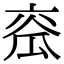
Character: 𤫹